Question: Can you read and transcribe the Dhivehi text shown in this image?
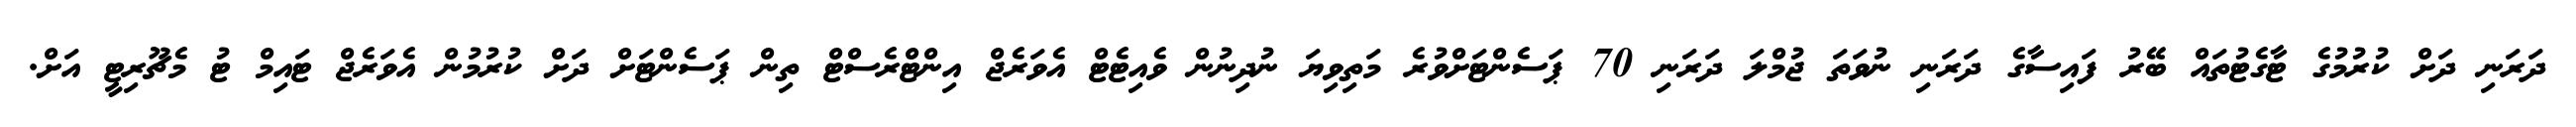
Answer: ދަރަނި ދަށް ކުރުމުގެ ޓާގެޓުތައް ބޭރު ފައިސާގެ ދަރަނި ނުވަތަ ޖުމްލަ ދަރަނި 70 ޕަސެންޓަށްވުރެ މަތިވިޔަ ނުދިނުން ވެއިޓެޓް އެވަރެޖް އިންޓްރެސްޓް ތިން ޕަސެންޓަށް ދަށް ކުރުމުން އެވަރެޖް ޓައިމް ޓު މެޗޫރިޓީ އަށް.